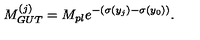
M _ { G U T } ^ { ( j ) } = M _ { p l } e ^ { - ( \sigma ( y _ { j } ) - \sigma ( y _ { 0 } ) ) } . \,